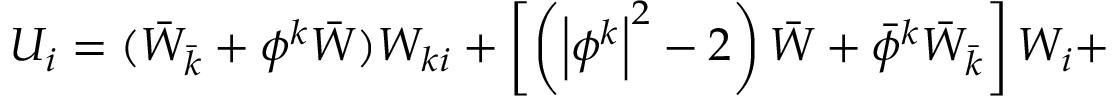
{ \cal U } _ { i } = ( \bar { W } _ { \bar { k } } + \phi ^ { k } \bar { W } ) W _ { k i } + \left[ \left( \left| \phi ^ { k } \right| ^ { 2 } - 2 \right) \bar { W } + \bar { \phi } ^ { k } \bar { W } _ { \bar { k } } \right] W _ { i } +